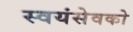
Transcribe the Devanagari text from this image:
स्‍वयंसेवको